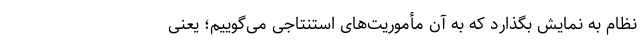
نظام به نمایش بگذارد که به آن مأموریت‌های استنتاجی می‌گوییم؛ یعنی